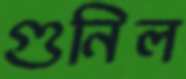
গুনিল